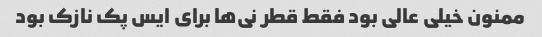
ممنون خیلی عالی بود فقط قطر نی‌ها برای ایس پک نازک بود